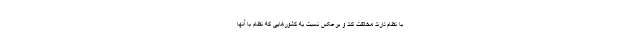
با نظام دارند مخالفت کند و برعکس نسبت به کشورهایی که نظام با آنها